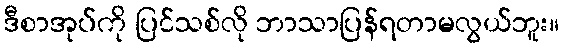
ဒီစာအုပ်ကို ပြင်သစ်လို ဘာသာပြန်ရတာမလွယ်ဘူး။